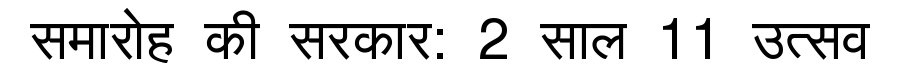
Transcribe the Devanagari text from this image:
समारोह की सरकार: 2 साल 11 उत्सव